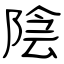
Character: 陰